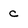
Character: c